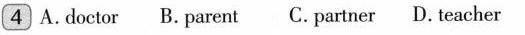
4 A.doctor B.parent C. partner D.teacher